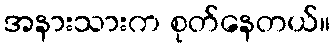
အနားသားက စုတ်နေတယ်။